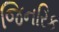
જિનરિક